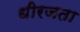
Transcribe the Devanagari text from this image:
धीरजता